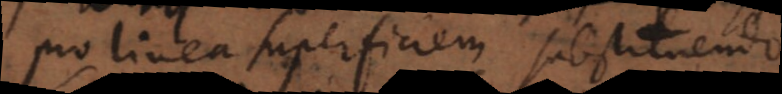
pro linea superficiem substituendo